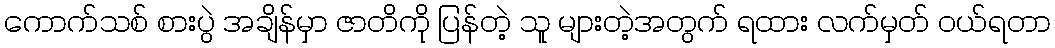
ကောက်သစ် စားပွဲ အချိန်မှာ ဇာတိကို ပြန်တဲ့ သူ များတဲ့အတွက် ရထား လက်မှတ် ဝယ်ရတာ